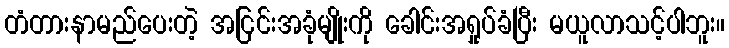
တံတားနာမည်ပေးတဲ့ အငြင်းအခုံမျိုးကို ခေါင်းအရှုပ်ခံပြီး မယူလာသင့်ပါဘူး။